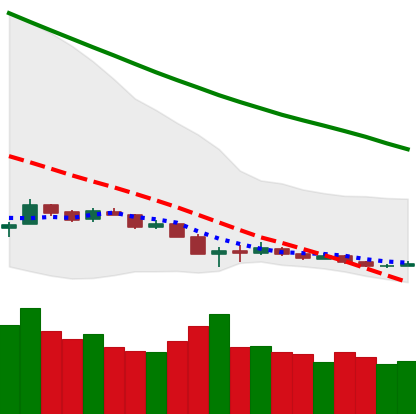
Ticker: ETH-USD
Chart end date: 2018-12-16
Forward return: 28.423%
Label: up_7plus